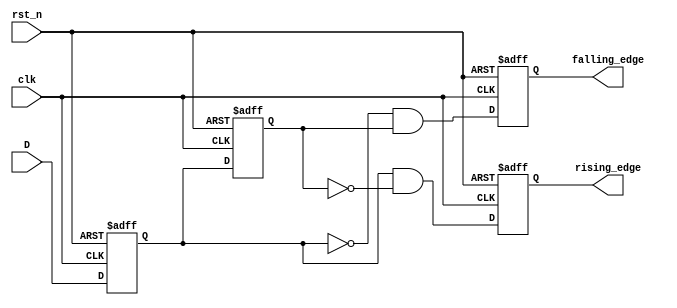
module GlitchFreeEdgeDetector (
    input wire clk,        // Clock signal
    input wire rst_n,     // Active low reset
    input wire D,         // Input signal to be monitored
    output reg rising_edge, // Rising edge output
    output reg falling_edge // Falling edge output
);

    // Registers to store the previous and current state of the input signal
    reg D_prev; // Previous state of the input signal
    reg D_curr; // Current state of the input signal

    // Sequential logic to sample the input signal on the clock edge
    always @(posedge clk or negedge rst_n) begin
        if (!rst_n) begin
            D_prev <= 1'b0; // Reset previous state
            D_curr <= 1'b0; // Reset current state
            rising_edge <= 1'b0; // Reset rising edge output
            falling_edge <= 1'b0; // Reset falling edge output
        end else begin
            // Sample the current state of the input signal
            D_curr <= D;

            // Edge detection logic
            rising_edge <= (D_curr && !D_prev); // Detect rising edge
            falling_edge <= (!D_curr && D_prev); // Detect falling edge

            // Update previous state for the next clock cycle
            D_prev <= D_curr;
        end
    end

endmodule